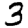
Digit: 3